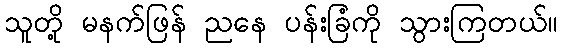
သူတို့ မနက်ဖြန် ညနေ ပန်းခြံကို သွားကြတယ်။